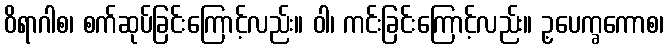
ဝိရာဂါစ၊ စက်ဆုပ်ခြင်းကြောင့်လည်း။ ဝါ၊ ကင်းခြင်းကြောင့်လည်း။ ဥ့ပေက္ခကောစ၊